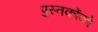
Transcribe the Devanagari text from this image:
पुस्‍तकोंको